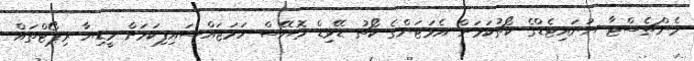
މެންޗެސްޓާ ޔުނައިޓެޑްގެ ކޯޗުކަމަށް އެވަޓަންގެ ކޯޗު ޑޭވިޑް މޮޔޭސް ހަމަޖައްސައިފިކަމަށް މީޑިޔާ ރިޕޯޓްތައް